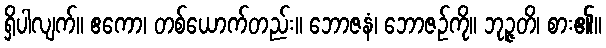
ရှိပါလျက်။ ဧကော၊ တစ်ယောက်တည်း။ ဘောဇနံ၊ ဘောဇဉ်ကို။ ဘုဉ္ဇတိ၊ စား၏။